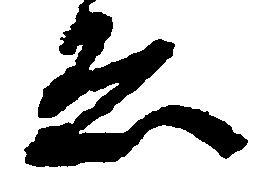
ゑ